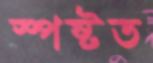
স্পষ্টত